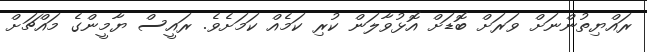
ރައްޔިތުންނަށް ވަރަށް ބޮޑަށް އޮޅުވާލަން ކުރި ކަމެއް ކަމަށެވެ. ރައީސް ޔާމީންގެ މައްޗަށް